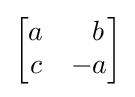
{\begin{bmatrix}a&~~b\\c&-a\end{bmatrix}}